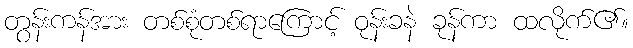
တွန်းကန်အား တစ်စုံတစ်ရာကြောင့် ဝုန်းခနဲ ခုန်ကာ ထလိုက်၏။